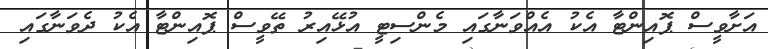
އަށާވީސް ޕޮއިންޓާ އެކު އެއްވަނާގައި މެންސިޓީ އުޅޭއިރު ތޭވީސް ޕޮއިންޓާ އެކު ދެވަނާގައި